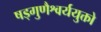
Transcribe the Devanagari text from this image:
षड्गुणैश्वर्ययुक्तो